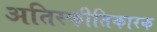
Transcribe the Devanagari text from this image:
अतिस्फीतिकारक